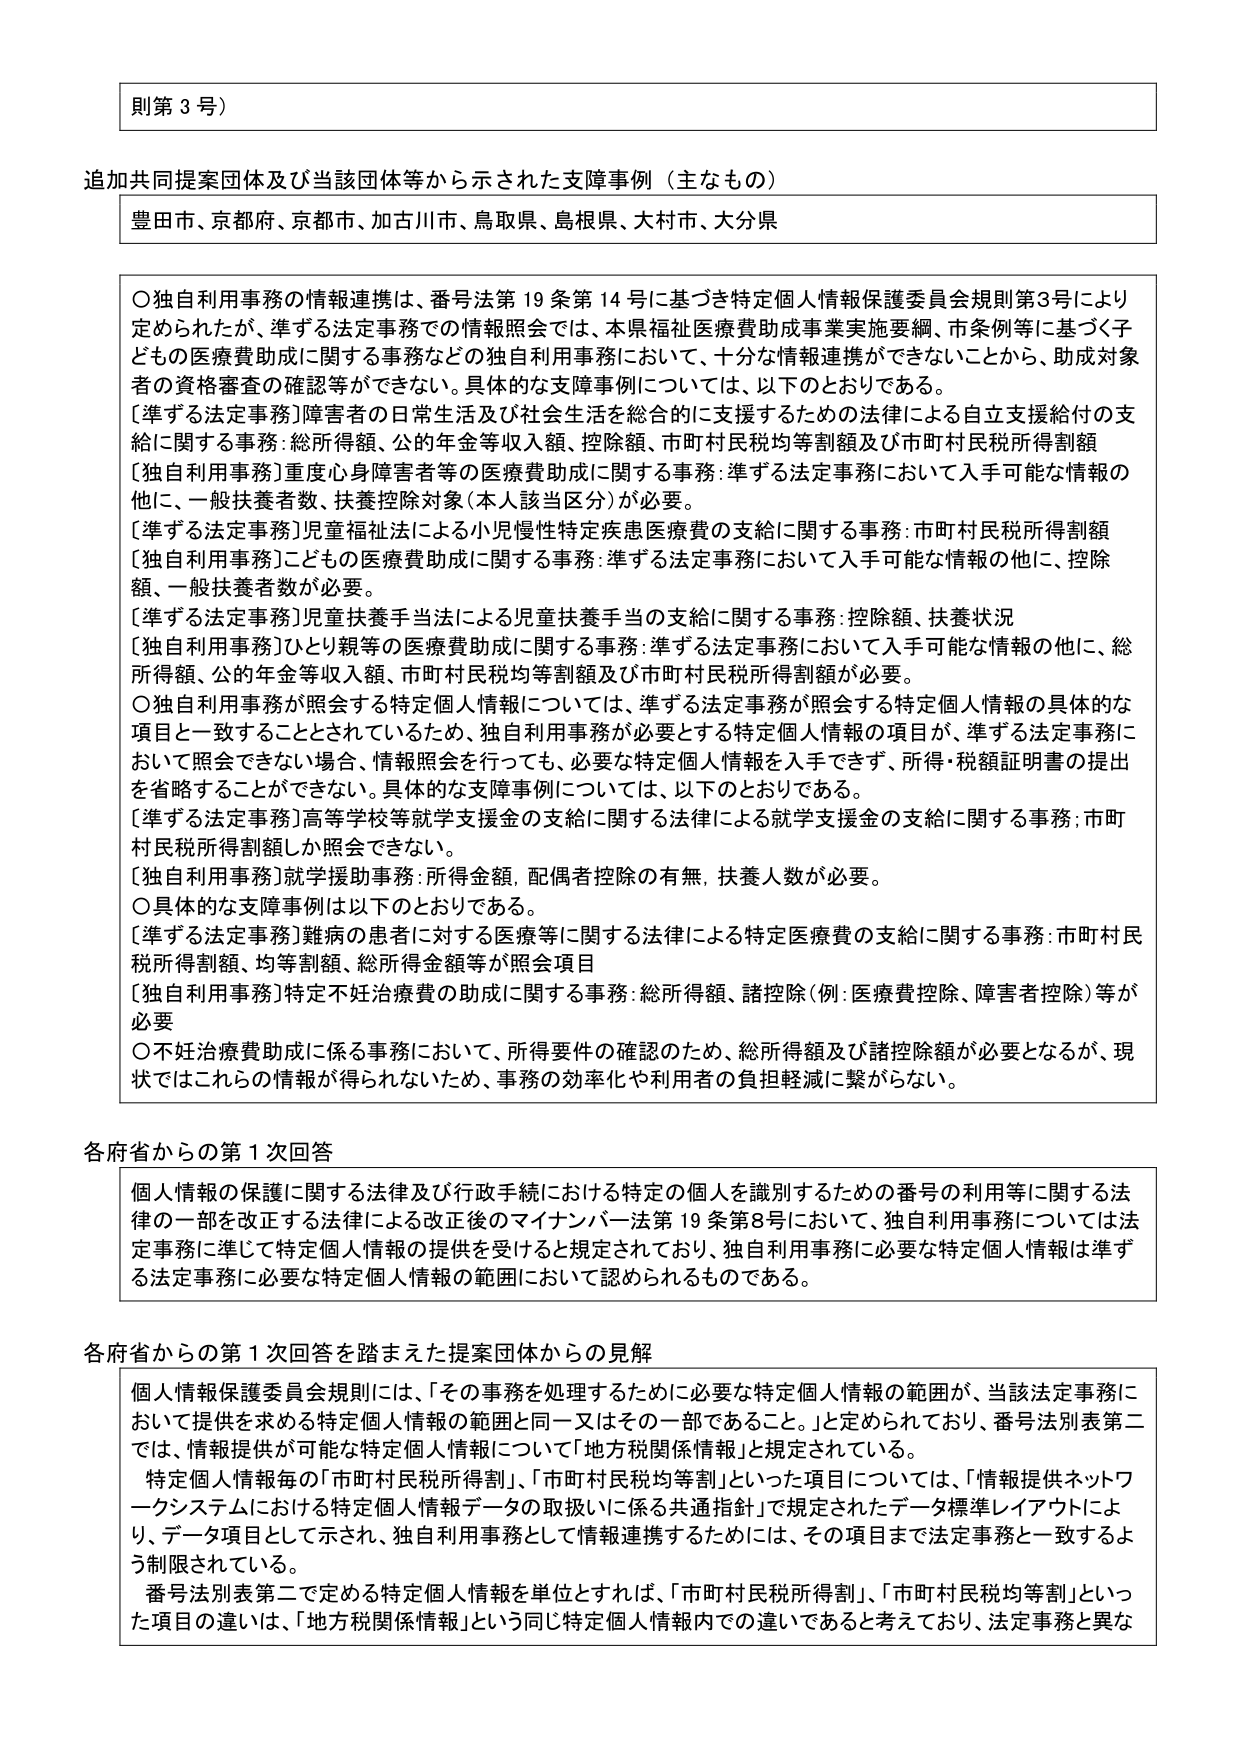
則第３号）

追加共同提案団体及び当該団体等から示された支援事例（主なもの）
豊田市、京都府、京都市、加古川市、鳥取県、島根県、大村市、大分県

〇独自利用事務の情報連携は、番号法第19条第14号に基づき特定個人情報保護委員会規則第3号により定められたが、準ずる法定事務での情報照会では、本県福祉医療費助成事業実施要綱、市条例等に基づく子どもの医療費助成に関する事務などの独自利用事務において、十分な情報連携ができないことから、助成対象者の資格審査の確認等ができない。具体的な支障事例については、以下のとおりである。
［準ずる法定事務］障害者の日常生活及び社会生活を総合的に支援するための法律による自立支援給付の支給に関する事務：総所得額、公的年金等収入額、控除額、市町村民税均等割額及び市町村民税所得割額
［独自利用事務］重度心身障害者等の医療費助成に関する事務：準ずる法定事務において入手可能な情報の他に、一般扶養者数、扶養控除対象（本人該当区分）が必要。
［準ずる法定事務］児童福祉法による小児慢性特定疾患医療費の支給に関する事務：市町村民税所得割額
［独自利用事務］こどもの医療費助成に関する事務：準ずる法定事務において入手可能な情報の他に、控除額、一般扶養者数が必要。
［準ずる法定事務］児童扶養手当法による児童扶養手当の支給に関する事務：控除額、扶養状況
［独自利用事務］ひとり親等の医療費助成に関する事務：準ずる法定事務において入手可能な情報の他に、総所得額、公的年金等収入額、市町村民税均等割額及び市町村民税所得割額が必要。
〇独自利用事務が照会する特定個人情報については、準ずる法定事務が照会する特定個人情報の具体的な項目と一致することとされているため、独自利用事務に必要とする特定個人情報の項目が、準ずる法定事務において照会できない場合、情報照会を行っても、必要な特定個人情報を入手できず、所得・税額証明書の提出を省略することができない。具体的な支障事例については、以下のとおりである。
［準ずる法定事務］高等学校等就学支援金の支給に関する法律による就学支援金の支給に関する事務：市町村民税所得割額しか照会できない。
［独自利用事務］就学援助事務：所得金額、配偶者控除の有無、扶養人数が必要。
〇具体的な支障事例は以下のとおりである。
［準ずる法定事務］難病の患者に対する医療等に関する法律による特定医療費の支給に関する事務：市町村民税所得割額、均等割額、総所得金額等が照会項目
［独自利用事務］特定不妊治療費の助成に関する事務：総所得額、諸控除（例：医療費控除、障害者控除）等が必要
〇不妊治療費助成に係る事務において、所得要件の確認のため、総所得額及び諸控除額が必要となるが、現状ではこれらの情報が得られないため、事務の効率化や利用者の負担軽減に繋がらない。

各府省からの第１次回答
個人情報の保護に関する法律及び行政手続における特定の個人を識別するための番号の利用等に関する法律の一部を改正する法律による改正後のマイナンバー法第19条第8号において、独自利用事務については法定事務に準じて特定個人情報の提供を受けると規定されており、独自利用事務に必要な特定個人情報は準ずる法定事務に必要な特定個人情報の範囲において認められるものである。

各府省からの第１次回答を踏まえた提案団体からの見解
個人情報保護委員会規則には、「その事務を処理するために必要な特定個人情報の範囲が、当該法定事務において提供を求める特定個人情報の範囲と同一又はその一部であること。」と定められており、番号法別表第二では、情報提供が可能な特定個人情報について「地方税関係情報」と規定されている。
特定個人情報毎の「市町村民税所得割」、「市町村民税均等割」といった項目については、「情報提供ネットワークシステムにおける特定個人情報データの取扱いに係る共通指針」で規定されたデータ標準レイアウトにより、データ項目として示され、独自利用事務として情報連携するためには、その項目まで法定事務と一致するよう制限されている。
番号法別表第二で定める特定個人情報を単位とすれば、「市町村民税所得割」、「市町村民税均等割」といった項目の違いは、「地方税関係情報」という同じ特定個人情報内での違いであると考えており、法定事務と異な